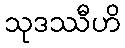
သုဒဿီဟိ